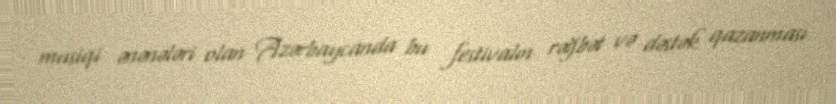
musiqi ənənələri olan Azərbaycanda bu festivalın rəğbət və dəstək qazanması